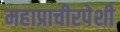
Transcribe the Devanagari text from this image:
महाप्राचीरपेशी